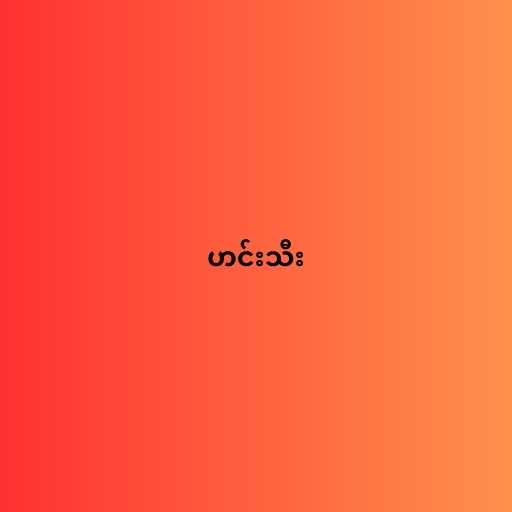
ဟင်းသီး